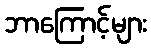
ဘာကြောင့်များ